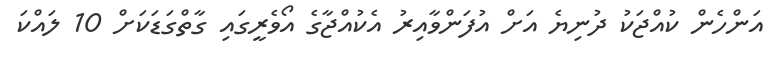
އަންހެން ކުއްޖަކު ދުނިޔެ އަށް އުފަންވާއިރު އެކުއްޖާގެ އޯވެރީގައި ގާތްގަޑަކަށް 10 ލައްކަ